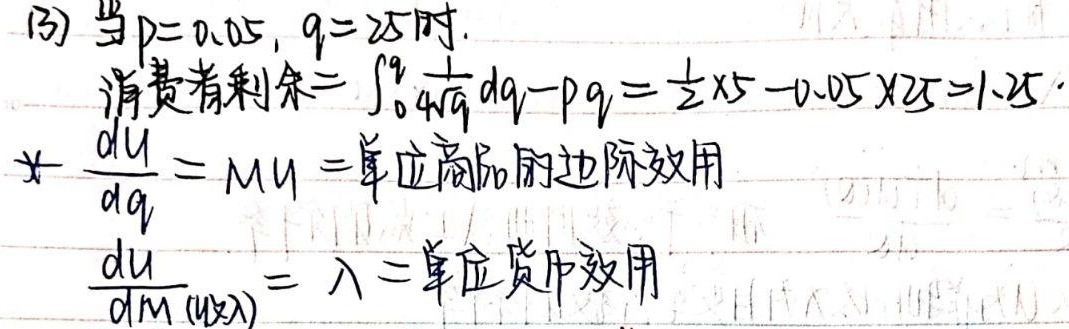
(3) 当\(p = 0.05\)，\(q = 25\)时。
消费者剩余\(=\int_{0}^{q}\frac{1}{4\sqrt{q}}dq - pq=\frac{1}{2}\times5 - 0.05\times25 = 1.25\)

\(\frac{du}{dq}=MU=\)单位商品的边际效用
\(\frac{du}{dM (\text{货币})}=\lambda=\)单位货币效用